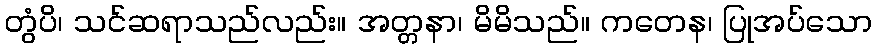
တွံပိ၊ သင်ဆရာသည်လည်း။ အတ္တနာ၊ မိမိသည်။ ကတေန၊ ပြုအပ်သော